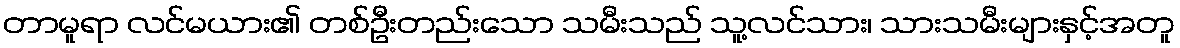
တာမူရာ လင်မယား၏ တစ်ဦးတည်းသော သမီးသည် သူ့လင်သား၊ သားသမီးများနှင့်အတူ